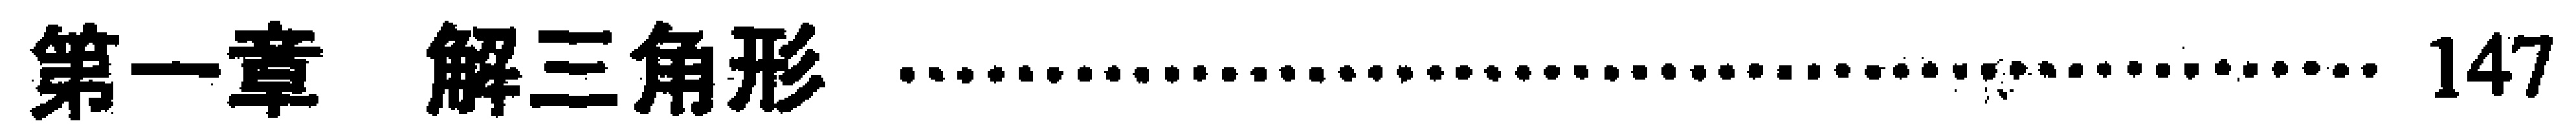
\chapter{解三角形}\hfill 147